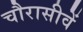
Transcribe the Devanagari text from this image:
चौरासीवें